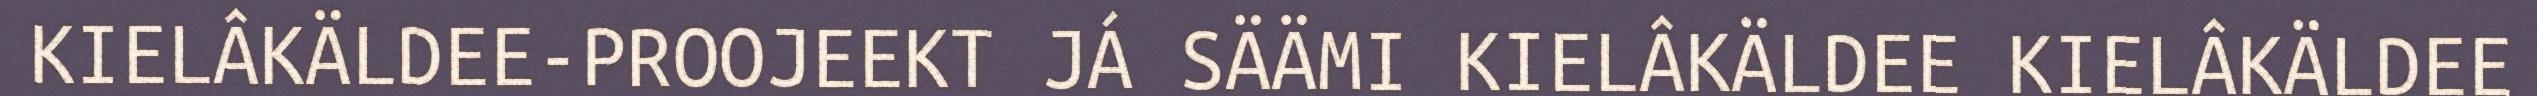
KIELÂKÄLDEE-PROOJEEKT JÁ SÄÄMI KIELÂKÄLDEE KIELÂKÄLDEE